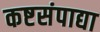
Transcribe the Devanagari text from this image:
कष्टसंपाद्या